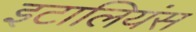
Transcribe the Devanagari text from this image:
इटालियंस